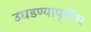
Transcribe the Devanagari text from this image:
उघडण्यापूर्वीच